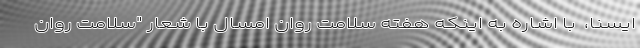
ایسنا، ‌ با اشاره به اینکه هفته سلامت روان امسال با شعار "سلامت روان